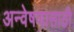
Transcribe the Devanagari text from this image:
अन्वेषणासाठी